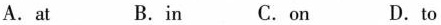
A.at B.in C.on D.to